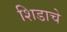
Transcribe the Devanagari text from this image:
शिडाचे